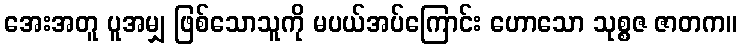
အေးအတူ ပူအမျှ ဖြစ်သောသူကို မပယ်အပ်ကြောင်း ဟောသော သုစ္စဇ ဇာတက။